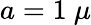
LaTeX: a=1~\mu